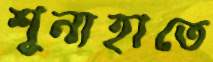
শূন্যহাতে